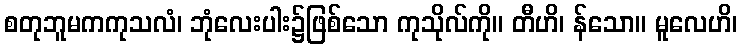
စတုဘူမကကုသလံ၊ ဘုံလေးပါး၌ဖြစ်သော ကုသိုလ်ကို။ တီဟိ၊ န်သော။ မူလေဟိ၊